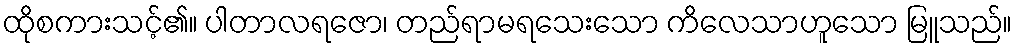
ထိုစကားသင့်၏။ ပါတာလရဇော၊ တည်ရာမရသေးသော ကိလေသာဟူသော မြူသည်။